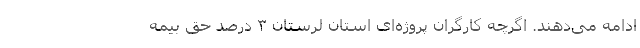
ادامه می‌دهند. اگرچه کارگران پروژه‌ای استان لرستان ۳ درصد حق بیمه